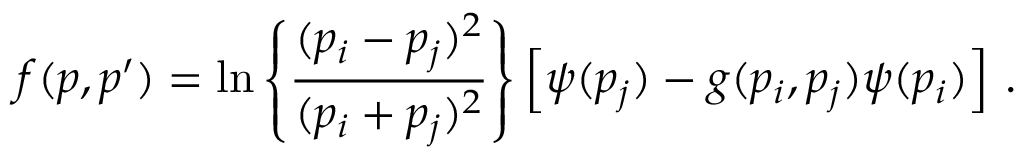
f ( p , p ^ { \prime } ) = \ln \left\{ \frac { ( p _ { i } - p _ { j } ) ^ { 2 } } { ( p _ { i } + p _ { j } ) ^ { 2 } } \right\} \left[ \psi ( p _ { j } ) - g ( p _ { i } , p _ { j } ) \psi ( p _ { i } ) \right] \, .